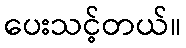
ပေးသင့်တယ်။